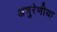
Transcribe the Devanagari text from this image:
अणुरेणीया